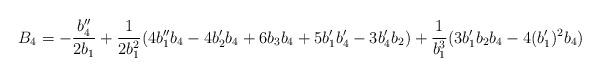
LaTeX: \begin{align*}B_{4}=-\frac{b_{4}^{\prime \prime }}{2b_{1}}+\frac{1}{2b_{1}^{2}}(4b_{1}^{\prime \prime }b_{4}-4b_{2}^{\prime}b_{4}+6b_{3}b_{4}+5b_{1}^{\prime }b_{4}^{\prime }-3b_{4}^{\prime }b_{2})+\frac{1}{b_{1}^{3}}(3b_{1}^{\prime }b_{2}b_{4}-4(b_{1}^{\prime })^{2}b_{4})\end{align*}